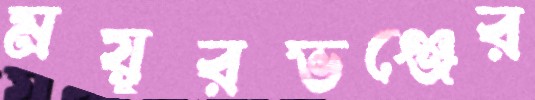
ময়ূরভঞ্জের